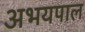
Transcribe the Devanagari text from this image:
अभयपाल